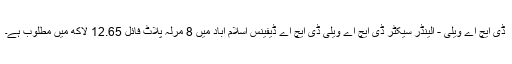
ڈی ایچ اے ویلی - آلینڈر سیکٹر ڈی ایچ اے ویلی ڈی ایچ اے ڈیفینس اسلام آباد میں 8 مرلہ پلاٹ فائل 12.65 لاکھ میں مطلوب ہے۔